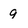
Character: 9